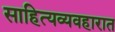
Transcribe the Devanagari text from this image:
साहित्यव्यवहारात